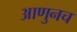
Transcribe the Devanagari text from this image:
आणुनच